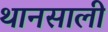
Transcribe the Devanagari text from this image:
थानसाली